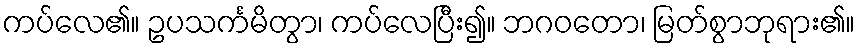
ကပ်လေ၏။ ဥပသင်္ကမိတွာ၊ ကပ်လေပြီး၍။ ဘဂဝတော၊ မြတ်စွာဘုရား၏။